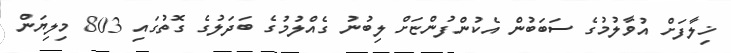
ޚިލާފަށް އުވާލުމުގެ ސަބަބުން އެކުންފުންޏަށް ލިބުނު ގެއްލުމުގެ ބަދަލުގެ ގޮތުގައި 803 މިލިޔަން